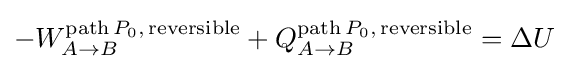
-W_{A\to B}^{\mathrm {path} \,P_{0},\,\mathrm {reversible} }+Q_{A\to B}^{\mathrm {path} \,P_{0},\,\mathrm {reversible} }=\Delta U